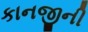
કાનજીની